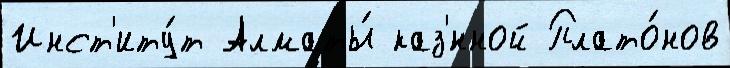
Инст'иту́т Алматы́ каз'́нной Плато́нов